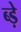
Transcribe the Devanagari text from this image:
ब्ड़े